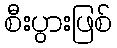
စီးပွားဖြစ်